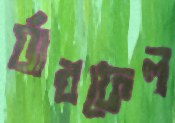
র‍্যাবফেল